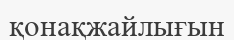
қонақжайлығын